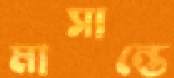
মাসান্তে